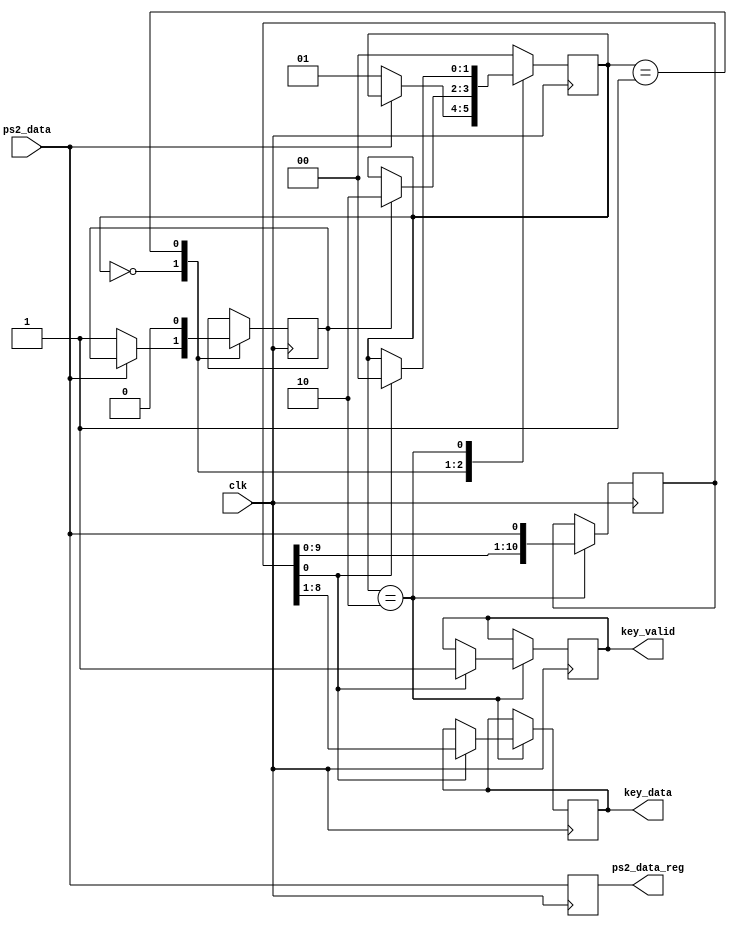
module ps2_keyboard_interface (
  input wire clk,
  input wire ps2_data, // PS/2 data line (bidirectional)
  output reg ps2_data_reg, // Registered PS/2 data line
  output reg key_valid, // Key valid signal
  output reg [7:0] key_data // Data from the keyboard
);

  // Internal state machine states
  parameter IDLE = 2'b00;
  parameter START_BIT = 2'b01;
  parameter DATA_BIT = 2'b10;
  
  reg [1:0] state;
  reg [10:0] data_shift; // Shift register for incoming data
  reg start_bit_detected;

  // Clock edge detection
  always @(posedge clk) begin
    // Shift data on each clock edge
    if (state == DATA_BIT)
      data_shift <= {data_shift[9:0], ps2_data};

    // State machine transitions
    case(state)
      IDLE: begin
        if (!ps2_data) begin
          state <= START_BIT;
          start_bit_detected <= 1;
        end
      end
      START_BIT: begin
        if (start_bit_detected) begin
          start_bit_detected <= 0;
          state <= DATA_BIT;
        end
      end
      DATA_BIT: begin
        if (data_shift[0]) begin
          // Start bit of the data
          state <= IDLE;
          key_data <= data_shift[8:1];
          key_valid <= 1;
        end
      end
      default: state <= IDLE;
    endcase
  end

  // Output registered PS/2 data line
  always @(posedge clk) begin
    ps2_data_reg <= ps2_data;
  end

endmodule